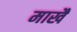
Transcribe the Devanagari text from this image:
माखै